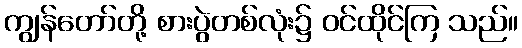
ကျွန်တော်တို့ စားပွဲတစ်လုံး၌ ဝင်ထိုင်ကြ သည်။